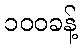
၁၀၀ခန့်